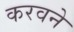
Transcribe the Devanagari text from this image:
करवने